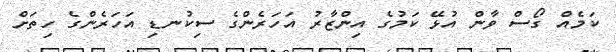
ކަމެއް ގޯސް ވާން އުޅޭ ކަމުގެ އިންޒާރު އަހަރެންގެ ސިކުނޑި އަހަރެންގެ ހިތަށް